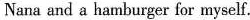
Nana and a hamburger for myself.